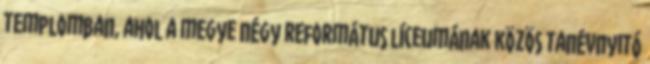
templomban, ahol a megye négy református líceumának közös tanévnyitó